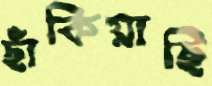
ছাঁকিয়াছি